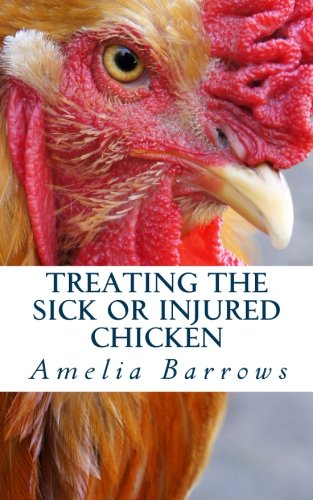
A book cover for Treating the Sick or Injured Chicken; Amelia Barrows; Medical Books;